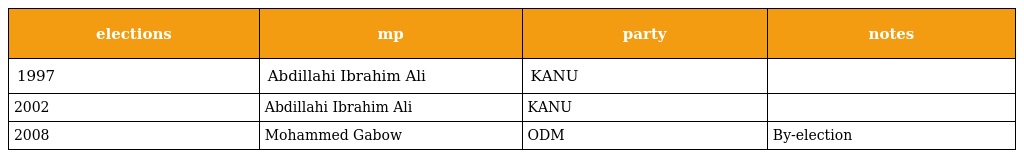
| elections | mp | party | notes |
 | --- | --- | --- | --- |
 | 1997 | Abdillahi Ibrahim Ali | KANU |  |
 | 2002 | Abdillahi Ibrahim Ali | KANU |  |
 | 2008 | Mohammed Gabow | ODM | By-election |